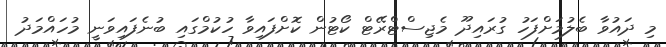
މި ދައުވާ ބެލުމަށްފަހު ގުރައިދޫ މެޖިސްޓްރޭޓް ކޯޓުން ކޮށްފައިވާ ހުކުމްގައި ބުނެފައިވަނީ މުހައްމަދު